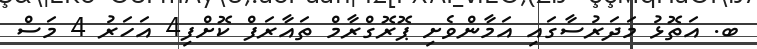
ބ. އަތޮޅު މަދަރުސާގައި އަމާންވެށި ޕޮރޮގްރާމް ތައާރަފް ކޮށްފި4 އަހަރު 4 މަސް